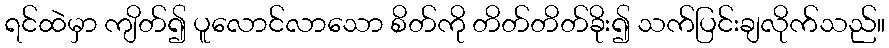
ရင်ထဲမှာ ကျိတ်၍ ပူလောင်လာသော စိတ်ကို တိတ်တိတ်ခိုး၍ သက်ပြင်းချလိုက်သည်။